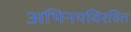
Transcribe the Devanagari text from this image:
अभिनयविरहित